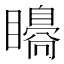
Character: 𥌗